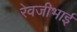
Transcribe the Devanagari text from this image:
रेवजीभाई